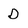
Character: D